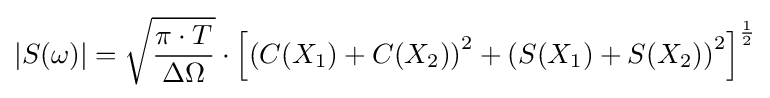
|S(\omega )|={\sqrt {\frac {\pi \cdot T}{\Delta \Omega }}}\cdot \left[\left(C(X_{1})+C(X_{2})\right)^{2}+\left(S(X_{1})+S(X_{2})\right)^{2}\right]^{\frac {1}{2}}